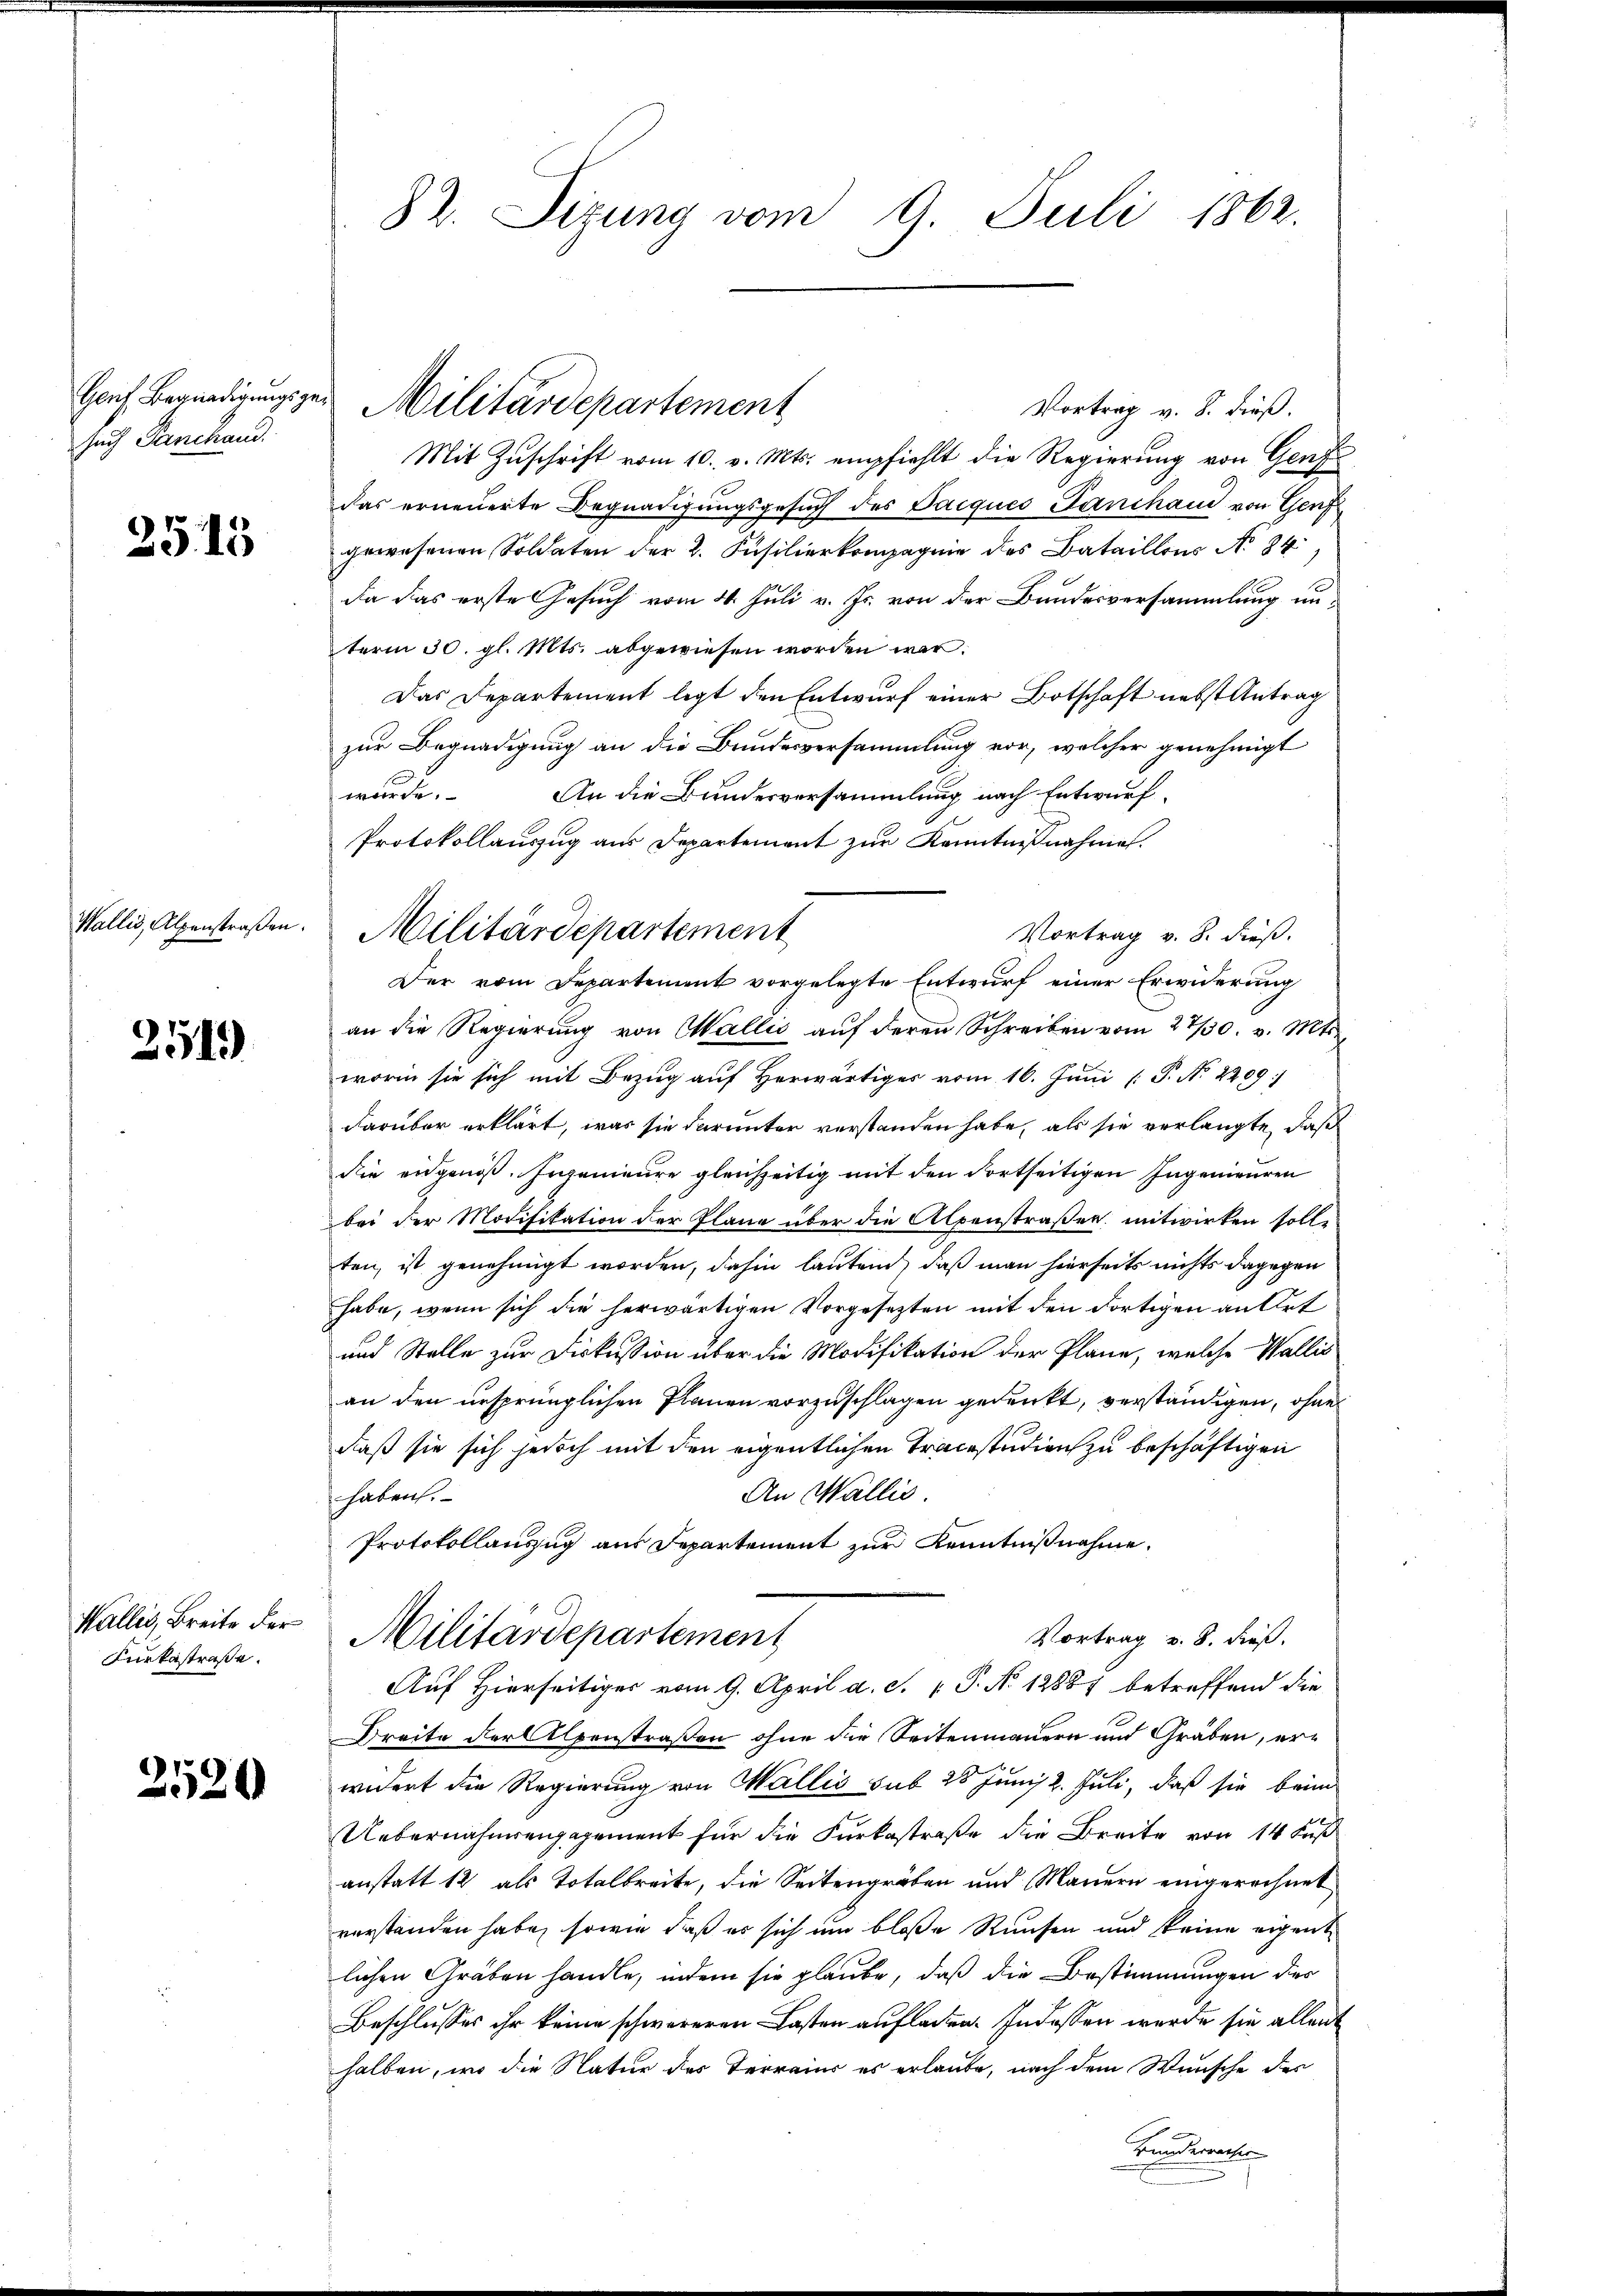
such Panchand.

2515

Wallis, Alpenstraßen.

251)

Furkastraße.

2520

Vortrag v. 8. dieß.
Mit Zuschrift vom 10. v. Mts. empfiehlt die Regierung von Genf
das erneuerte Begnadigungsgesuch des Pacques Panchand von Genf
gewesenen Soldaten der 2. Füsilierkompagnie des Bataillons No 84)
da das erste Gesuch vom 4. Juli v. Js. von der Bundesversammlung unterm 30. gl. Mts. abgewiesen worden war.
Das Departement legt den Entwurf einer Botschaft nebst Antrag
zur Begnadigung an die Bundesversammlung vor, welcher genehmigt
wurde.
An die Bundesversammlung nach Entwurf.
Protokollauszug aus Departement zur Kenntnißnahme.
Vortrag v. 8. dieß.
Der vom Departement vorgelegte Entwurf einer Erwiderung
an die Regierung von Wallis auf deren Schreiben vom 27/30. v. Mts.
worin sie sich mit Bezug auf Herwärtiges vom 16. Juni [ P. No 2209/
darüber erklärt, was sie darunter verstanden habe, als sie verlangte, daß
die eidgenoß. Ingenieure gleichzeitig mit den dortseitigen Ingenieuren
bei der Modifikation der Plane über die Alpenstraßen mitwirken solle
ten, ist genehmigt worden, dahin lautend, daß man hierseits nichts dagegen
habe, wenn sich die herwärtigen Vorgesezten mit den dortigen an Ort
und Stelle zur Diskussion über die Modifikation der Plane, welche Wallis
an den ursprünglichen Planen vorzuschlagen gedenkt, verständigen, ohne
daß sie sich jedoch mit den eigentlichen Tracestudien zu beschäftigen
An Wallis.
haben.
Protokollanzug aus Departement zur Kenntnißnahme,
Wallis, Breite der Militärdepartement
Vortrag v. 8. dieß.
Auf Hierseitiges vom 9. April a. c. P. No 12887 betreffend die
Dreite der Alpenstraßen ohne die Seitenmauern und Gräben, erwidert die Regierung von Wallis sub 28 Juni 2. Juli, daß sie beim
Uebernahmengagement für die Kerkestraße die Breite von 14 Fuß
anstatt 12 als Totalbreite, die Seitengräben und Mauern eingerechnet
vorstanden habe, sowie daß er sich um bloße Raufen und keine eigent
lichen Gräben handle, indem sie glaube, daß die Bestimmungen des
Beschlusses ihr keine schwereren Lasten aufladen. Indossen wurde sie allent
halben, wo die Natur des Terrains es erlaube, nach dem Wunsche des
Bundermache

82. Sitzung vom 9. Juli 1862.

Genf Begnadigungszer Militärdepartement

Militärdepartement